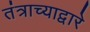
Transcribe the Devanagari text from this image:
तंत्राच्याद्वारे